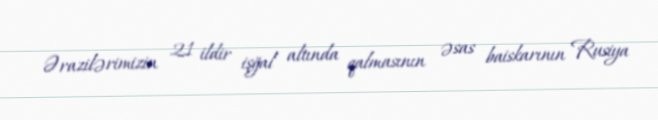
Ərazilərimizin 21 ildir işğal altında qalmasının əsas baiskarının Rusiya